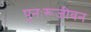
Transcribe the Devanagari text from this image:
पुनःरूजीवन